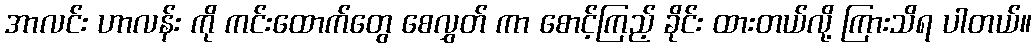
အာလင်း ဟာလန်း ကို ကင်းထောက်တွေ စေလွှတ် ကာ စောင့်ကြည့် ခိုင်း ထားတယ်လို့ ကြားသိရ ပါတယ်။